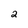
Character: 2